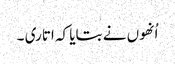
اُنھوں نے بتایا کہ اتاری ۔